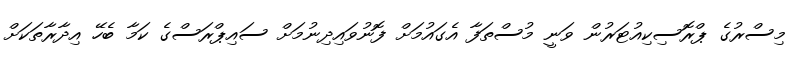
މިސްރުގެ ޕްރޮސިކިއުޓަރުން ވަނީ މުސްތަފާ އެގައުމަށް ފޮނުވައިދިނުމަށް ސައިޕްރަސްގެ ކަމާ ބެހޭ އިދާރާތަކަށް